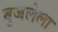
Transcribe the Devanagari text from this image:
बुजलेला